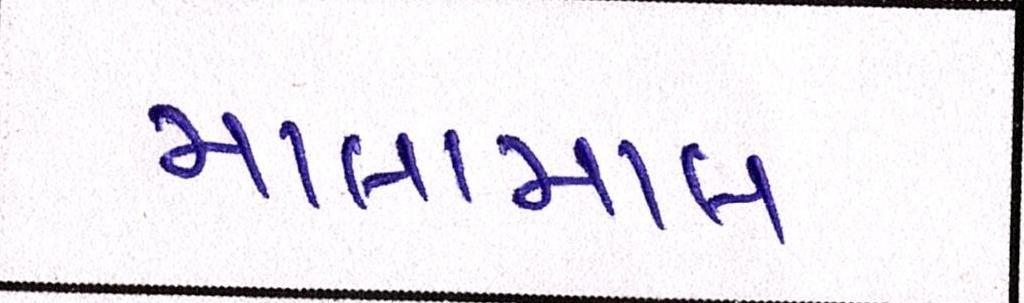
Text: માલામાલ